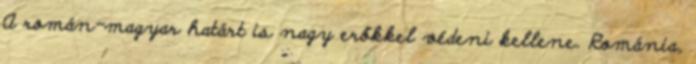
A román-magyar határt is nagy erőkkel védeni kellene. Románia,